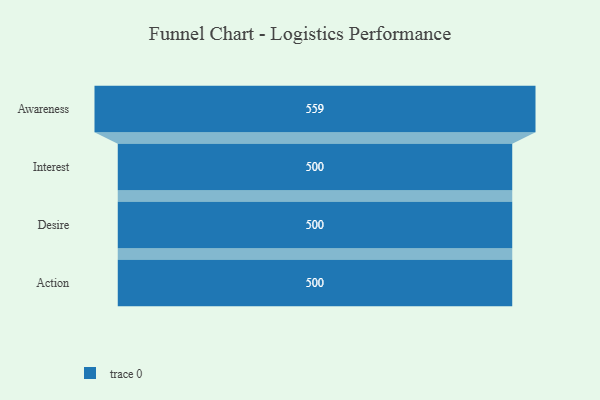
{"axis": {"x": "Stage", "y": "Value"}, "legend": [""], "data": [{"x": "Awareness", "y": 559.0, "type": ""}, {"x": "Interest", "y": 500, "type": ""}, {"x": "Desire", "y": 500, "type": ""}, {"x": "Action", "y": 500, "type": ""}]}